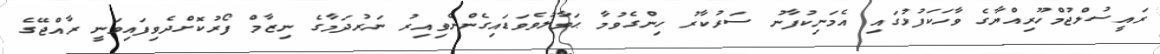
ރައީސުލްޖުމްހޫރިއްޔާގެ ވާހަކަފުޅުގައި އެމަނިކުފާނު ސަރުކާރު ހިންގެވުމާ ޙަވާލުވެވަޑައިގެންނެވިއިރު ނަރުދަމާގެ ނިޒާމް ފޯރުކޮށްދެވިފައިވަނީ ރާއްޖޭގެ